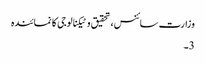
وزارت سائنس، تحقیق و ٹیکنالوجی کا نمائندہ
3۔